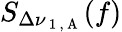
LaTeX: S_{\Delta\nu_{\mathrm{~1~,~A~}}}(f)